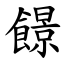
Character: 䭘